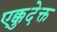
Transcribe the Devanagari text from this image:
एक्कुदेक्त